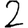
Digit: 2